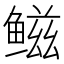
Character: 𫚤